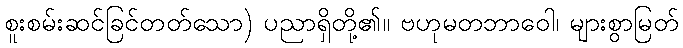
စူးစမ်းဆင်ခြင်တတ်သော) ပညာရှိတို့၏။ ဗဟုမတဘာဝေါ၊ များစွာမြတ်